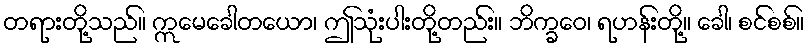
တရားတို့သည်။ ဣမေခေါတယော၊ ဤသုံးပါးတို့တည်း။ ဘိက္ခဝေ၊ ရဟန်းတို့။ ခေါ၊ စင်စစ်။